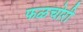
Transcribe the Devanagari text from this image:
फळचोरी